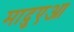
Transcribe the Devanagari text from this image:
मादुएआ